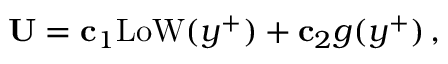
{ \bf U } = { \bf c } _ { 1 } \mathrm { L o W } ( y ^ { + } ) + { \bf c } _ { 2 } g ( y ^ { + } ) \, ,